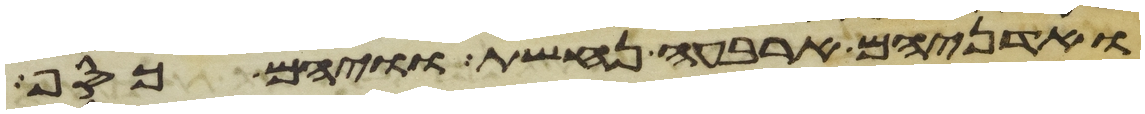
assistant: ואדניהם ארבעה נחשת וויהם כסף